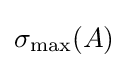
\sigma _{\text{max}}(A)